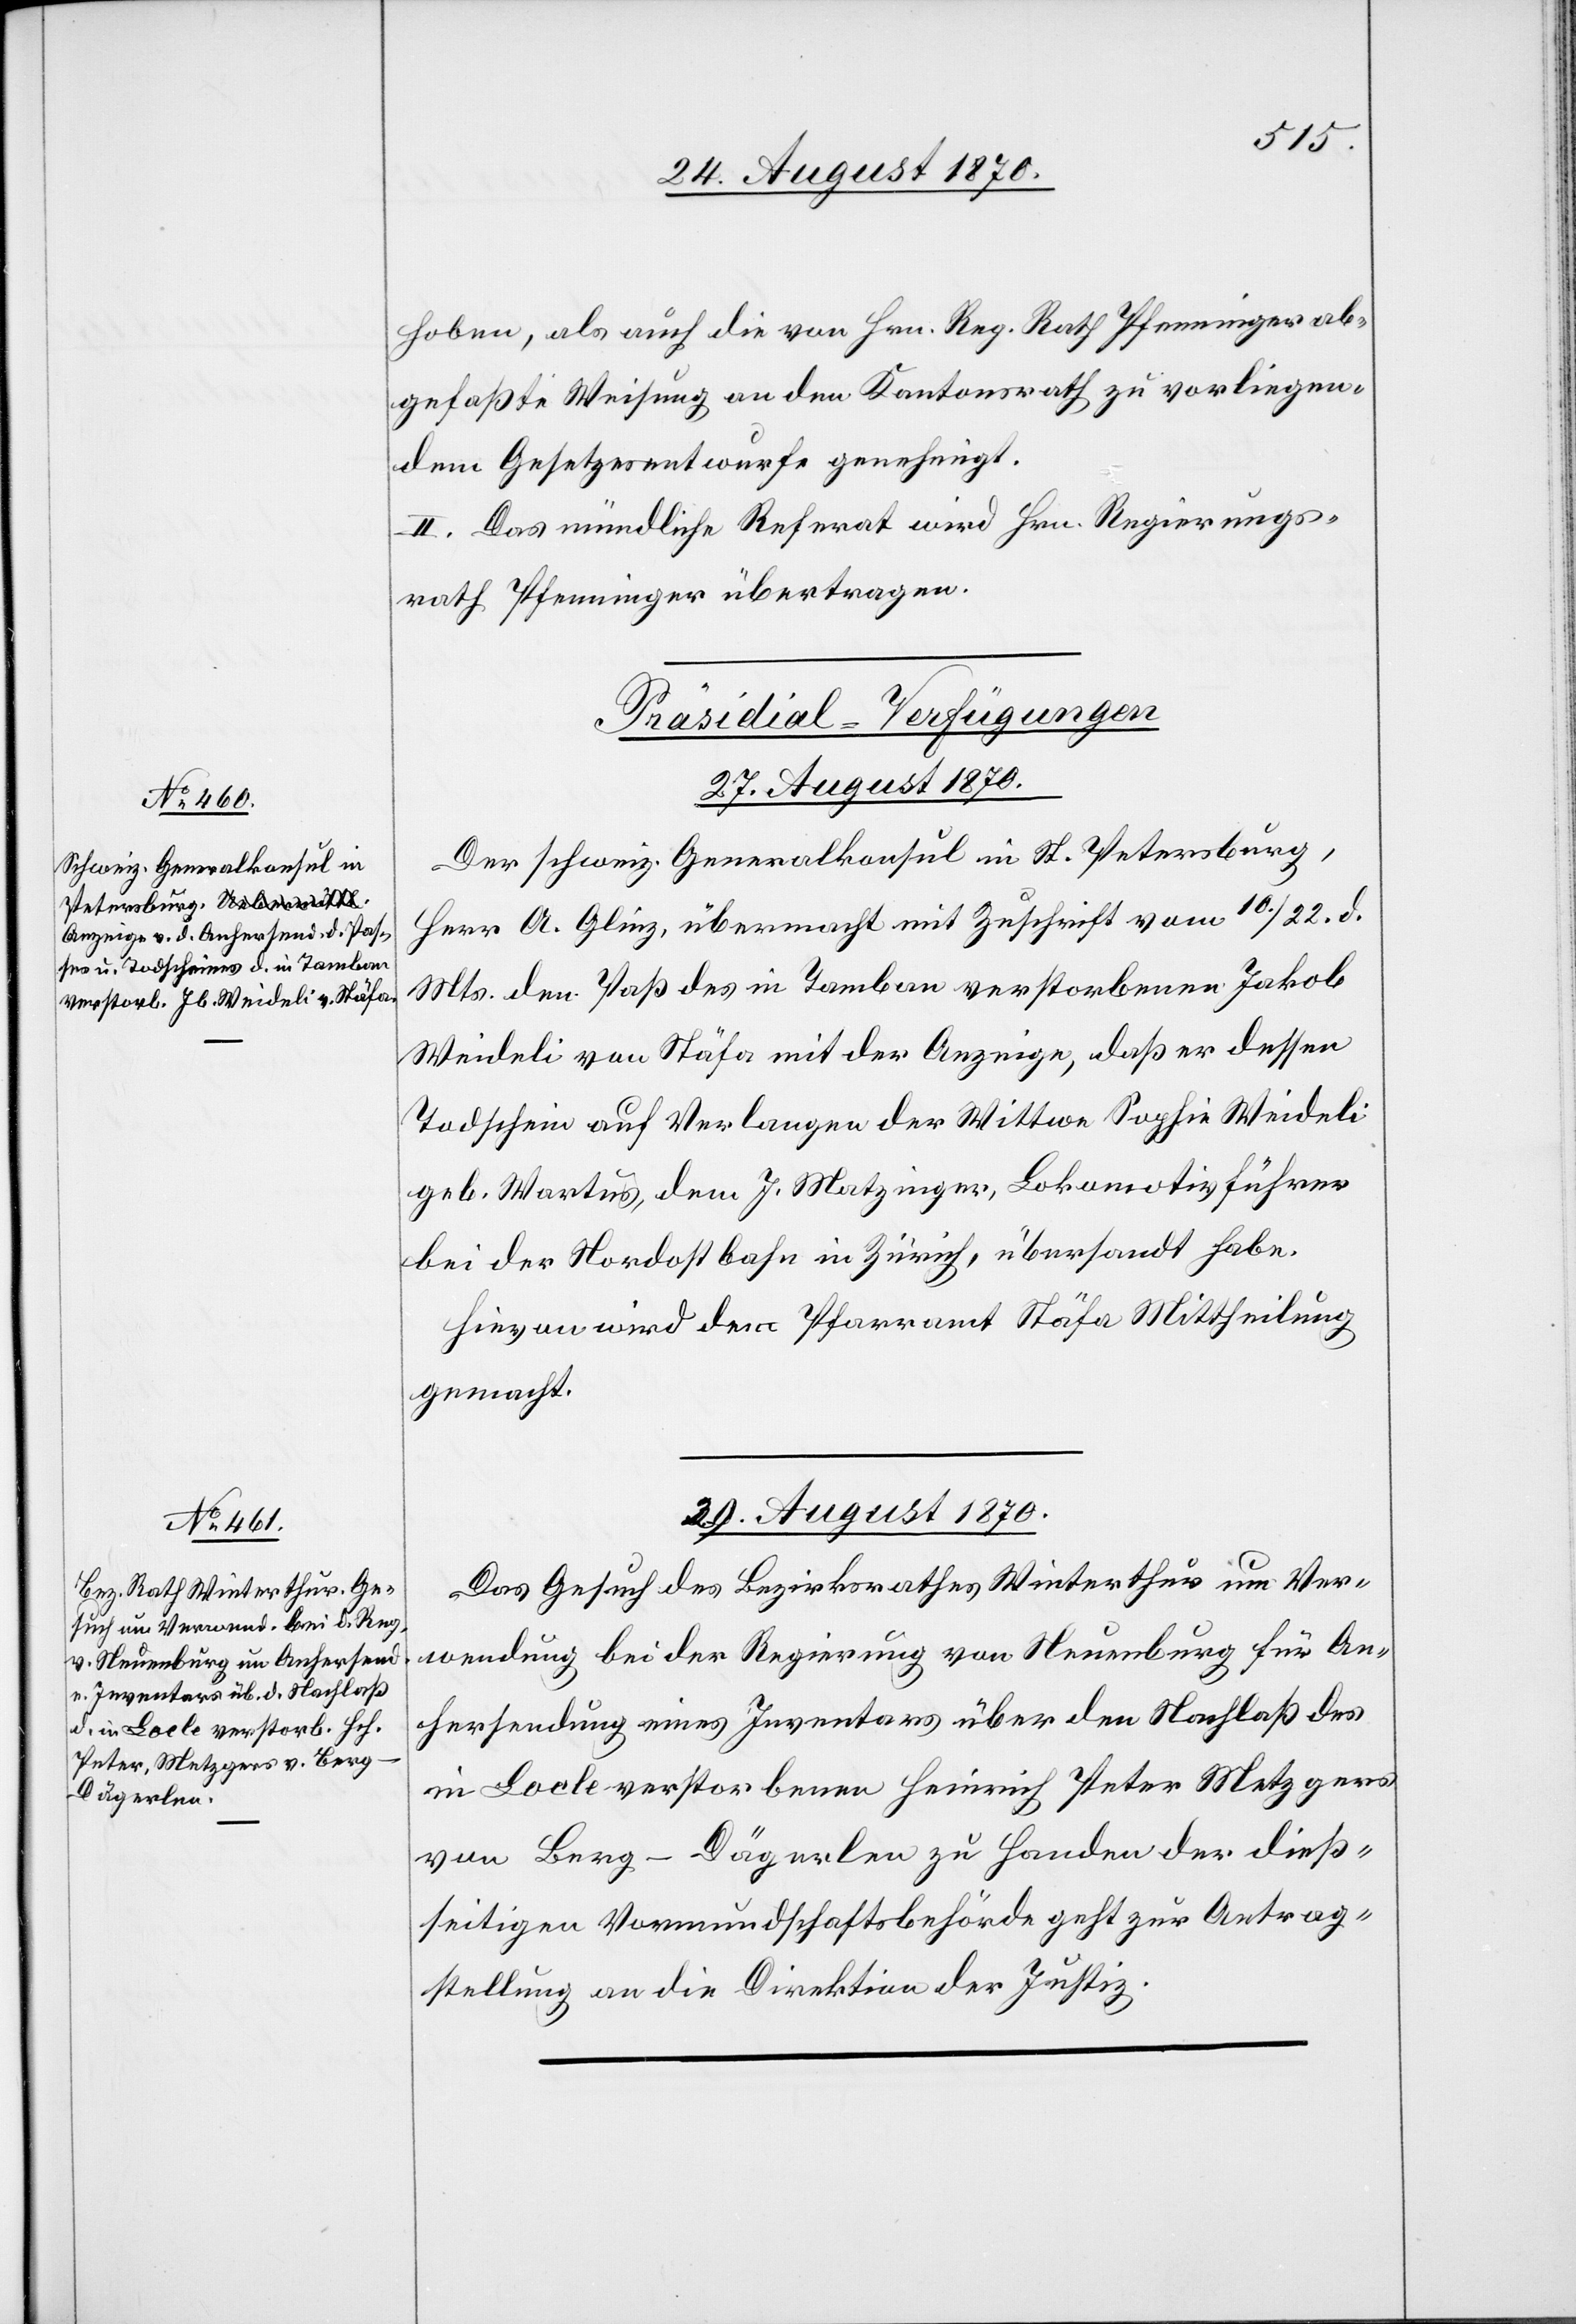
hoben, als auch die von Hrn. Reg. Rath Pfenninger ab¬
gefaßte Weisung an den Kantonsrath zu vorliegen¬
dem Gesetzesentwurfe genehmigt.
II. Das mündliche Referat wird Hrn. Regierungs¬
rath Pfenninger übertragen.
[Präsidial-Verfügungen
27. August 1870.]
Der schweiz. Generalkonsul in St. Petersburg,
Herr A. Glinz, übermacht mit Zuschrift vom 10./22. d.
Mts. den Paß des in Tamban verstorbenen Jakob
Weideli von Stäfa mit der Anzeige, daß er dessen
Todschein auf Verlangen der Wittwe Sophie Weideli
geb. Wartus, dem J. Matzinger, Lokomotivführer
bei der Nordostbahn in Zürich, übersandt habe.
Hievon wird dem Pfarramt Stäfa Mittheilung
gemacht.
Das Gesuch des Bezirksrathes Winterthur um Ver¬
wendung bei der Regierung von Neuenburg für An¬
hersendung eines Inventars über den Nachlaß des
in Locle verstorbenen Heinrich Peter[,] Metzgers
von Berg - Dägerlen zu Handen der dieß¬
seitigen Vormundschaftsbehörde geht zur Antrag¬
stellung an die Direktion der Justiz.